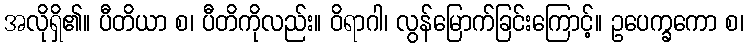
အလိုရှိ၏။ ပီတိယာ စ၊ ပီတိကိုလည်း။ ဝိရာဂါ၊ လွန်မြောက်ခြင်းကြောင့်။ ဥပေက္ခကော စ၊